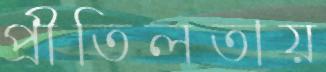
প্রীতিলতায়